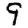
Digit: 9